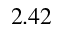
2 . 4 2